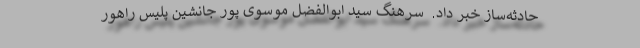
حادثه‌ساز خبر داد.  سرهنگ سید ابوالفضل موسوی پور جانشین پلیس راهور